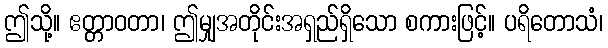
ဤသို့။ ဧတ္တာဝတာ၊ ဤမျှအတိုင်းအရှည်ရှိသော စကားဖြင့်။ ပရိတောသံ၊